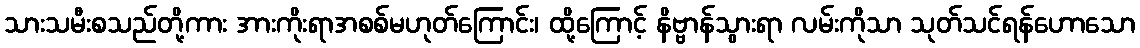
သားသမီးစသည်တို့ကား အားကိုးရာအစစ်မဟုတ်ကြောင်း၊ ထို့ကြောင့် နိဗ္ဗာန်သွားရာ လမ်းကိုသာ သုတ်သင်ရန်ဟောသော